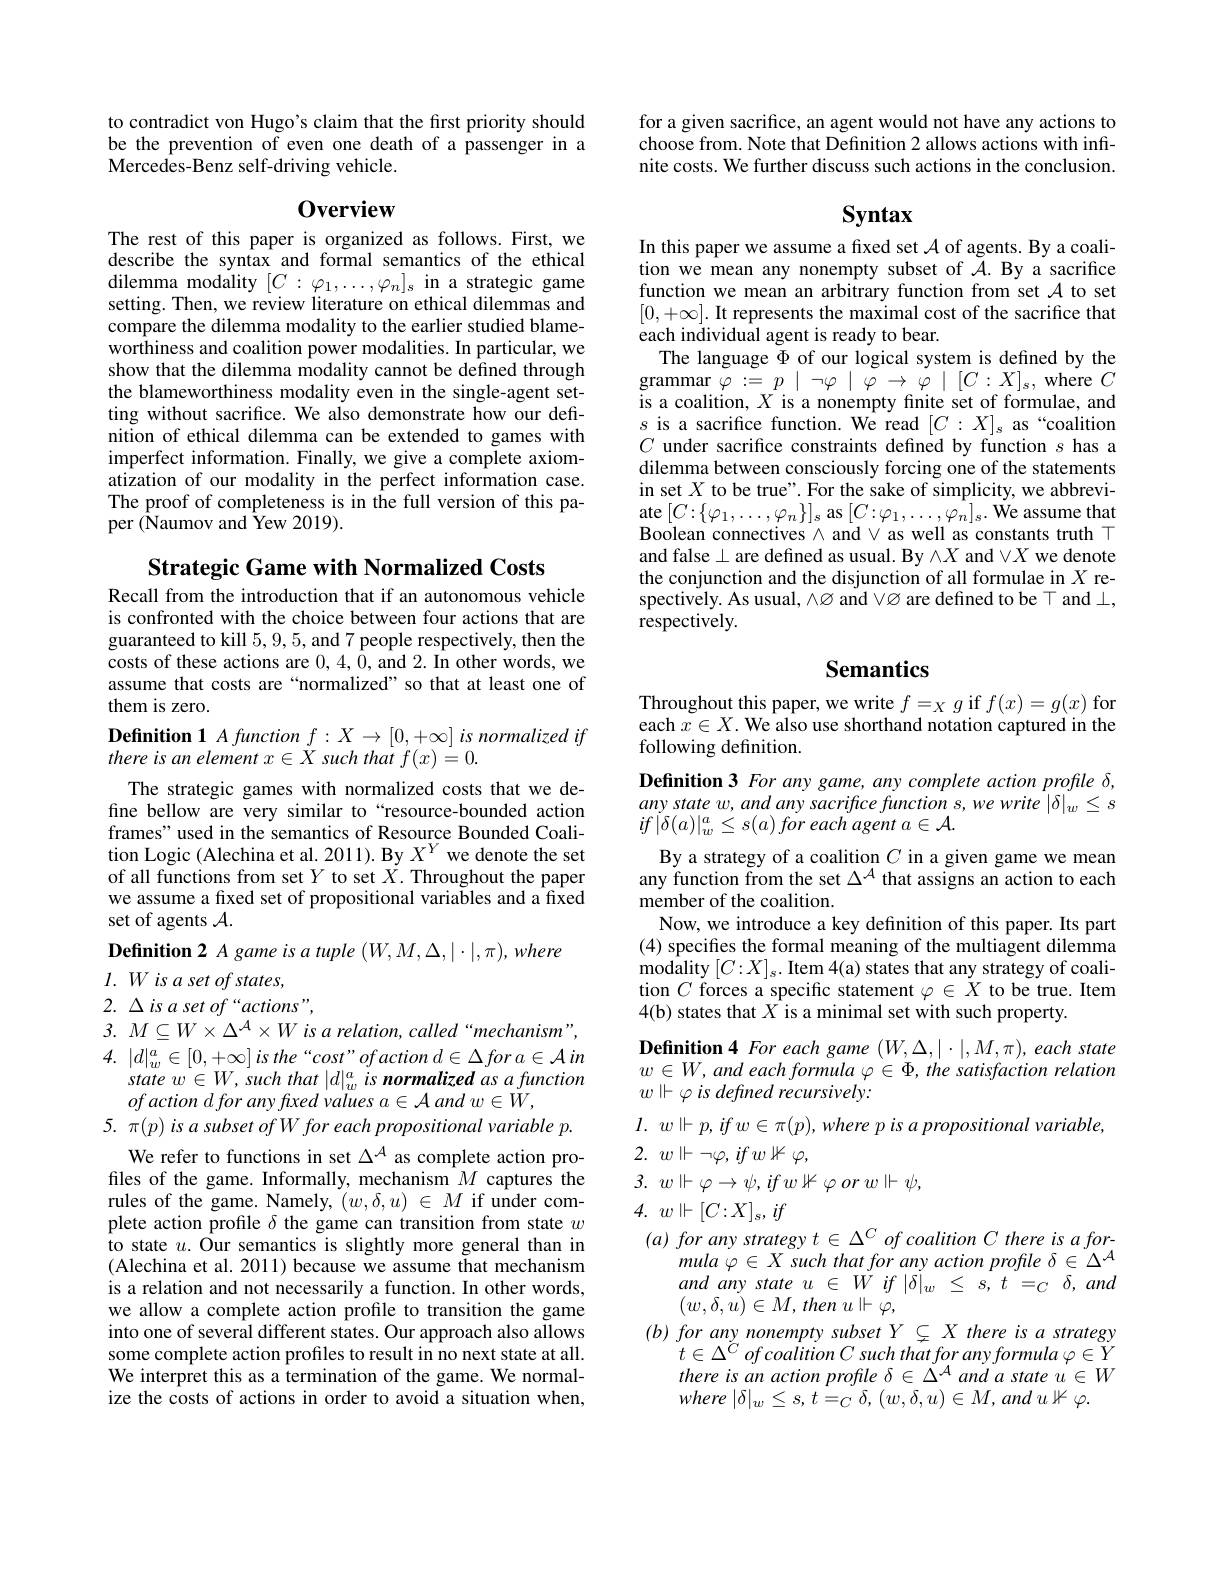
to contradict von Hugo's claim that the first priority should be the prevention of even one death of a passenger in a $\tilde{\text{Mercedes-Benz self-driving vehicle.}}$

## 0verview

The rest of this paper is organized as follows. First, we describe the syntax and formal semantics of the ethical dilemma modality $[C:\varphi_1,\ldots,\varphi_n]_s$ in a strategic game setting. Then, we review literature on ethical dilemmas and compare the dilemma modality to the earlier studied blameworthiness and coalition power modalities. In particular, we show that the dilemma modality cannot be defined through the blameworthiness modality even in the single-agent setting without sacrifice. We also demonstrate how our definition of ethical dilemma can be extended to games with imperfect information. Finally, we give a complete axiomatization of our modality in the perfect information case. The proof of completeness is in the full version of this paper (Ñaumov and Îew 2019).

Strategic Game with Normalized Costs

Recall from the introduction that if an autonomous vehicle is confronted with the choice between four actions that are guaranteed to kill 5,9,5, and 7 people respectively, then the costs of these actions are 0,4,0,and 2.In other words, we assume that costs are“normalized”so that at least one of them is zero.

The strategic games with normalized costs that we define bellow are very similar to“resource-bounded action frames" used in the semantics of Resource Bounded Coalition Logic (Alechina et al. 2011). By $X^Y$ we denote the set of all functions from set $Y$ to set $X.$ Throughout the paper we assume a fixed set of propositional variables and a fixed set of agents $\mathcal{A}.$

$\textbf{Definition 1}A\textit{function f}: X\to [ 0, + \infty ] \textit{is normalized if}$
there is an element $x\in X$ such that $f(x)=0.$
Definition 2 A game is a tuple $(W,M,\Delta,|\cdot|,\pi),where$
$l.Wisasetofstates$,
$2.\Delta isasetof“actions”$,
3. $M\subseteq W\times \Delta ^{\mathcal{A} }\times W$ is a relation, called“mechanism”, 4. $| d| _{w}^{a}\in [ 0, + \infty ]$ $is$ the $“ cost” ofaction$ $d\in \Delta for$ $a\in \mathcal{A}$ $in$
state $w\in W$, such that $|d|_w^a$ is normalized as a function
$ofaction\textit{d for any fı xed values }a\in \mathcal{A}$ and $w\in\check W$,
5. π(p) is a subset of W for each propositional variable p.
We refer to functions in set $\Delta^{A}$ as complete action profiles of the game. Informally, mechanism $M$ captures the rules of the game. Namely, $(w,\delta,u)\in M$ if under complete action profile $\delta$ the game can transition from state $w$ to state $u.$ Our semantics is slightly more general than in (Alechina et al. 2011) because we assume that mechanism is a relation and not necessarily a function. In other words, we allow a complete action profile to transition the game into one of several different states. Our approach also allows some complete action profiles to result in no next state at all. We interpret this as a termination of the game. We normalize the costs of actions in order to avoid a situation when,

for a given sacrifice, an agent would not have any actions to choose from. Note that Definition 2 allows actions with infinite costs. We further discuss such actions in the conclusion.

# Syntax

In this paper we assume a fixed set $\mathcal{A}$ of agents. By a coalition we mean any nonempty subset of $\mathcal{A}.$ By a sacrifice function we mean an arbitrary function from set $\mathcal{A}$ to set $[0,+\infty].$ It represents the maximal cost of the sacrifice that each individual agent is ready to bear.
The language $\Phi$ of our logical system is defined by the $\underset{\mathrm{grammar~}}{\operatorname*{\operatorname*{\operatorname*{grammar~}}}\varphi:=p\mid\neg\varphi\mid\tilde{\varphi}\to\tilde{\varphi}\mid[C:X]_{s},{\operatorname*{where}}C}$ is a coalition, $X$ is a nonempty finite set of formulae, and $s$ is a sacrifice function. We read $[C:X]_s$ as “coalition $C$ under sacrifice constraints defined by function $s$ has a dilemma between consciously forcing one of the statements in set $X$ to be true". For the sake of simplicity, we abbreviate $[C:\{\varphi_{1},\ldots,\varphi_{n}\}]_{s}$ as $[C:\varphi_{1},\ldots,\varphi_{n}]_{s}.$ We assume that Boolean connectives $\wedge$ and V as well as constants truth T and false $\bot$ are defined as usual. By$\land X$ and $\lor X$ we denote the conjunction and the disjunction of all formulae in $X$ respectively. As usual, $\wedge\varnothing$ and VØ are defined to be T and $\perp$, respectively.

# Semantics

Throughout this paper, we write $f=_Xg$ if $f(x)=g(x)$ for each $x\in X.$ We also use shorthand notation captured in the following definition.
Definition 3 For any game, any complete action profile $\delta$, any state w, and any sacrifice function s, we write $|\delta|_w\leq s$ $if| \delta ( a) | _{w}^{a}\leq s( a) \textit{for each agent }a\in \mathcal{A} .$
By a strategy of a coalition $C$ in a given game we mean any function from the set $\Delta^{\mathcal{A}}$ that assigns an action to each member of the coalition.
Now, we introduce a key definition of this paper. Its part (4) specifies the formal meaning of the multiagent dilemma $\operatorname*{modality}_{G}\left[C:X\right]_{s}.\operatorname*{Item}4($a) states that any strategy of coalition $C$ forces a specific statement $\varphi\in X$ to be true. Item 4(b) states that $X$ is a minimal set with such property.
Definition 4 For each game $(W,\Delta,|\cdot|,M,\pi)$, each state $w\in W,and$ each formula $\varphi \in \Phi , \textit{the satisfaction relation}$ $w\Vdash \varphi \textit{is defined recursively: }$
$l.$ $w\Vdash p, if$ $w\in \pi ( p) , where$ $p$ $is$ $a$ propositional $variable$,
2. $w\Vdash \neg \varphi , ifw\not \Vdash \varphi $,
3. $w\Vdash \varphi \rightarrow \psi , ifw\Vdash \varphi orw\Vdash \psi $,
4. $w\Vdash [ C: X] _s, if$
$( a) \textit{ for any strategy }t\in \Delta ^C\textit{ of coalition C there is a for- }$
$mula\varphi\in X$ such that for any action profile $\delta\in\Delta^{\mathcal{A}}$ $\begin{array}{ll}{and~any~state~u~\in~W~if~|\delta|_{w}~\leq~s,~t~=_{C}~\delta,~and}\\{(w,\delta,u)\in M,~then~u|\vdash\varphi,}\end{array}$
$( b) \textit{ for any nonempty subset }Y\subsetneq X\textit{there is a strategy}$
$t\in \Delta ^{\breve{C} }ofcoalition$ $C$ such that for any formula $\varphi \in Y$ there is an action profile $\delta\in\Delta^{\mathcal{A}}$ and a state $u^{\prime}\in W$ $where\left | \delta \right | _{w}\leq s, t= _{C}\delta , ( w, \delta , u) \in M, and$ $u$ $\mathbb{K}$ $\varphi .$